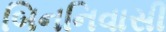
બિનનિવાસી